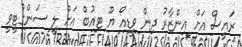
ރައީސް އަށް އިންޒާރު ދިން ވީޑިއޯ ޔޫ ޓިއުބް އަށް ލީ ސަންގުޓީވީ